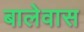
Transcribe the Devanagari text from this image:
बालेवास